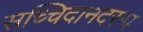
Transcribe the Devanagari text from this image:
सच्चिदानदरुप